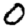
Digit: 0